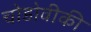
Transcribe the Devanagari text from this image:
चोडोवीकी